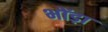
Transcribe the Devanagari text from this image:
भोंड़ा